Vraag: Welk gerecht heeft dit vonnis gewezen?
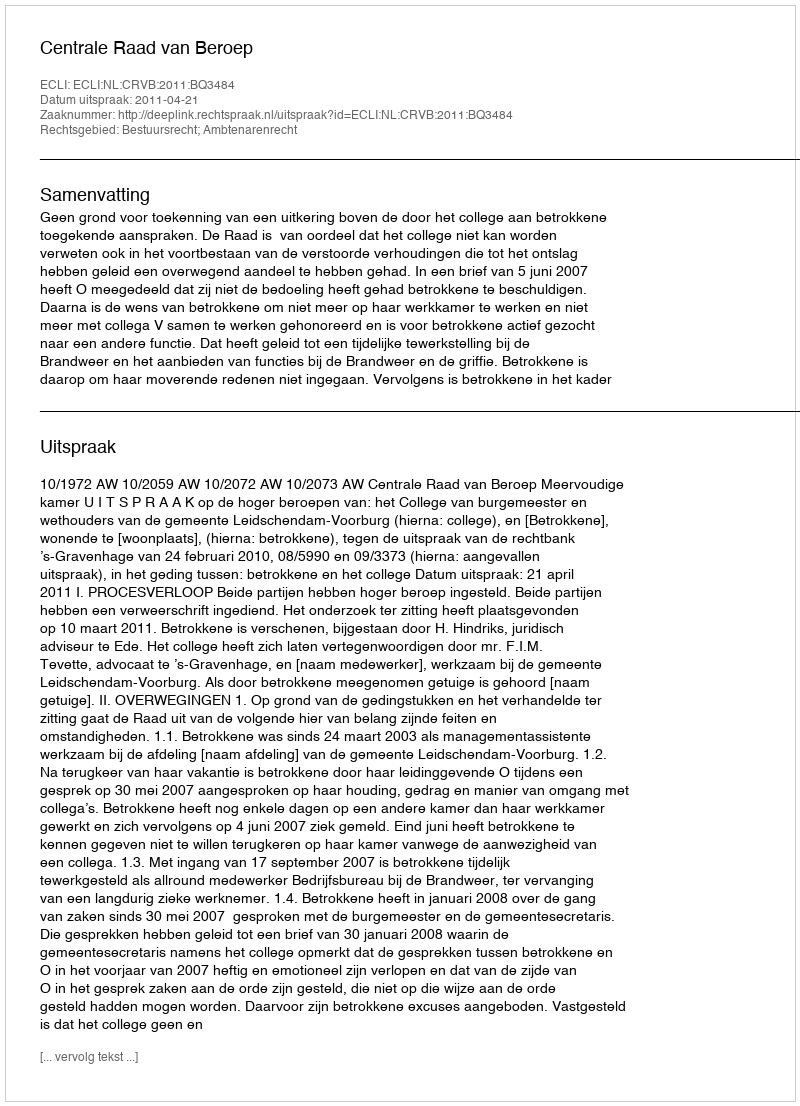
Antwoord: Centrale Raad van Beroep